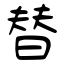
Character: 替